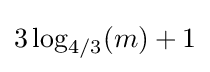
3\log _{4/3}(m)+1